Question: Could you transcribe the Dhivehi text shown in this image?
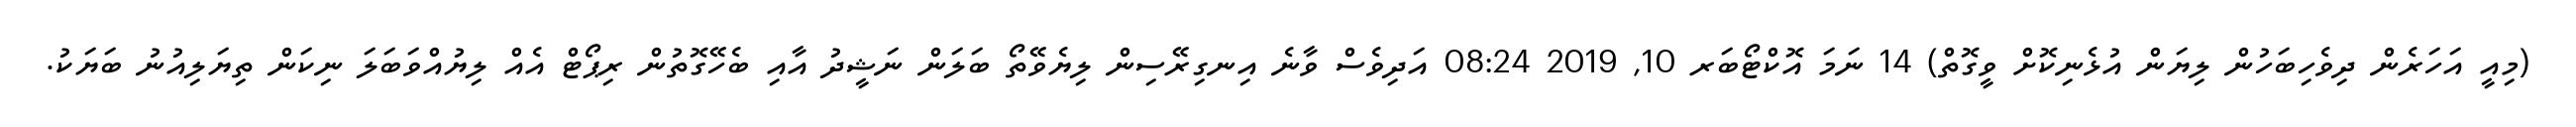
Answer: (މިއީ އަހަރެން ދިވެހިބަހުން ލިޔަން އުޅެނިކޮށް ވީގޮތް) 14 ނަމަ އޮކްޓޯބަރ 10, 2019 08:24 އަދިވެސް ވާނެ އިނގިރޭސިން ލިޔެވޭތޯ ބަލަން ނަޝީދު އާއި ބެހޭގޮތުން ރިޕޯޓް އެއް ލިޔުއްވަބަލަ ނިކަން ތިޔަލިއުނު ބަޔަކު.